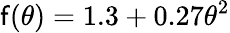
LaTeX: \mathsf{f}(\theta)=1.3+0.27\theta^{2}